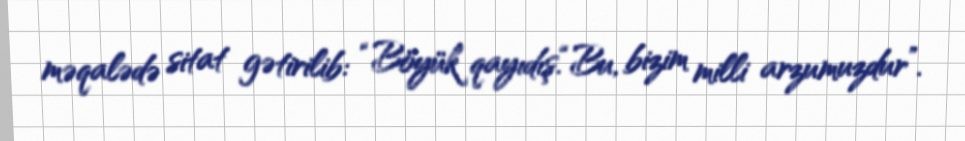
məqalədə sitat gətirilib: “Böyük qayıdış.“Bu, bizim milli arzumuzdur”.